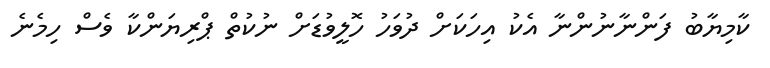
ކާމިޔާބު ފަންނާނުންނާ އެކު އިހަކަށް ދުވަހު ހޮލީވުޑަށް ނުކުތް ޕްރިޔަންކާ ވެސް ހިމެނެ